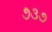
૭૩૭